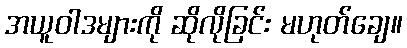
အယူဝါဒများကို ဆိုလိုခြင်း မဟုတ်ချေ။